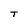
Character: T